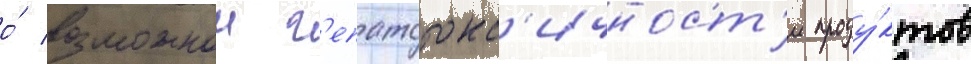
о́ возможнои г'епатотокс'ичност'и проду́ктов